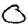
Digit: 0